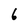
Character: 6